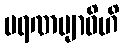
မရဏဗျာဓိဟိ